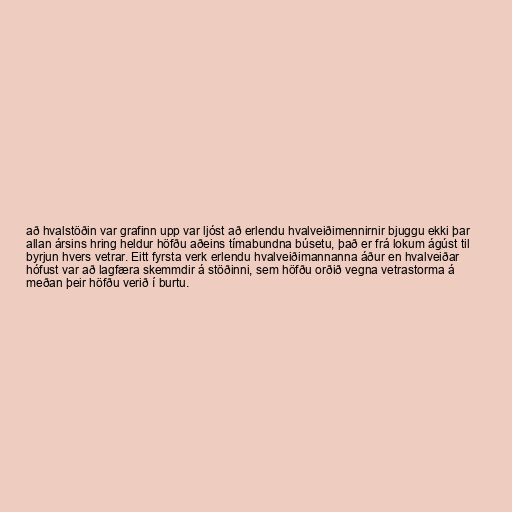
að hvalstöðin var grafinn upp var ljóst að erlendu hvalveiðimennirnir bjuggu ekki þar
allan ársins hring heldur höfðu aðeins tímabundna búsetu, það er frá lokum ágúst til
byrjun hvers vetrar. Eitt fyrsta verk erlendu hvalveiðimannanna áður en hvalveiðar
hófust var að lagfæra skemmdir á stöðinni, sem höfðu orðið vegna vetrastorma á
meðan þeir höfðu verið í burtu.